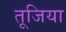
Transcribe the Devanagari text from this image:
तूजिया